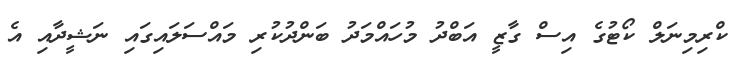
ކްރިމިނަލް ކޯޓުގެ އިސް ގާޒީ އަބްދު މުހައްމަދު ބަންދުކުރި މައްސަލައިގައި ނަޝީދާއި އެ